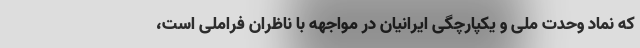
که نماد وحدت ملی و یکپارچگی ایرانیان در مواجهه با ناظران فراملی است،